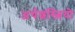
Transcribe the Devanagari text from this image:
अर्थशस्त्रियो